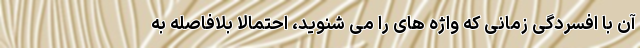
آن با افسردگی زمانی که واژه های را می شنوید، احتمالا بلافاصله به